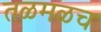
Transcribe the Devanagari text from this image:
तळमळच